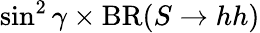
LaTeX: \sin^{2}\gamma\times\mathrm{{BR}}(S\to hh)